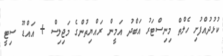
ކުޅުދުއްފުށި ހެލްތް މިނިސްޓަރު އަބްދު އަމީން ރައްޔިތުންގެ މަޖިލިސް + އައްޑޫ ސިޓީ